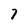
Character: 7